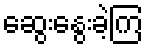
ဆွေးနွေးခဲ့ကြ